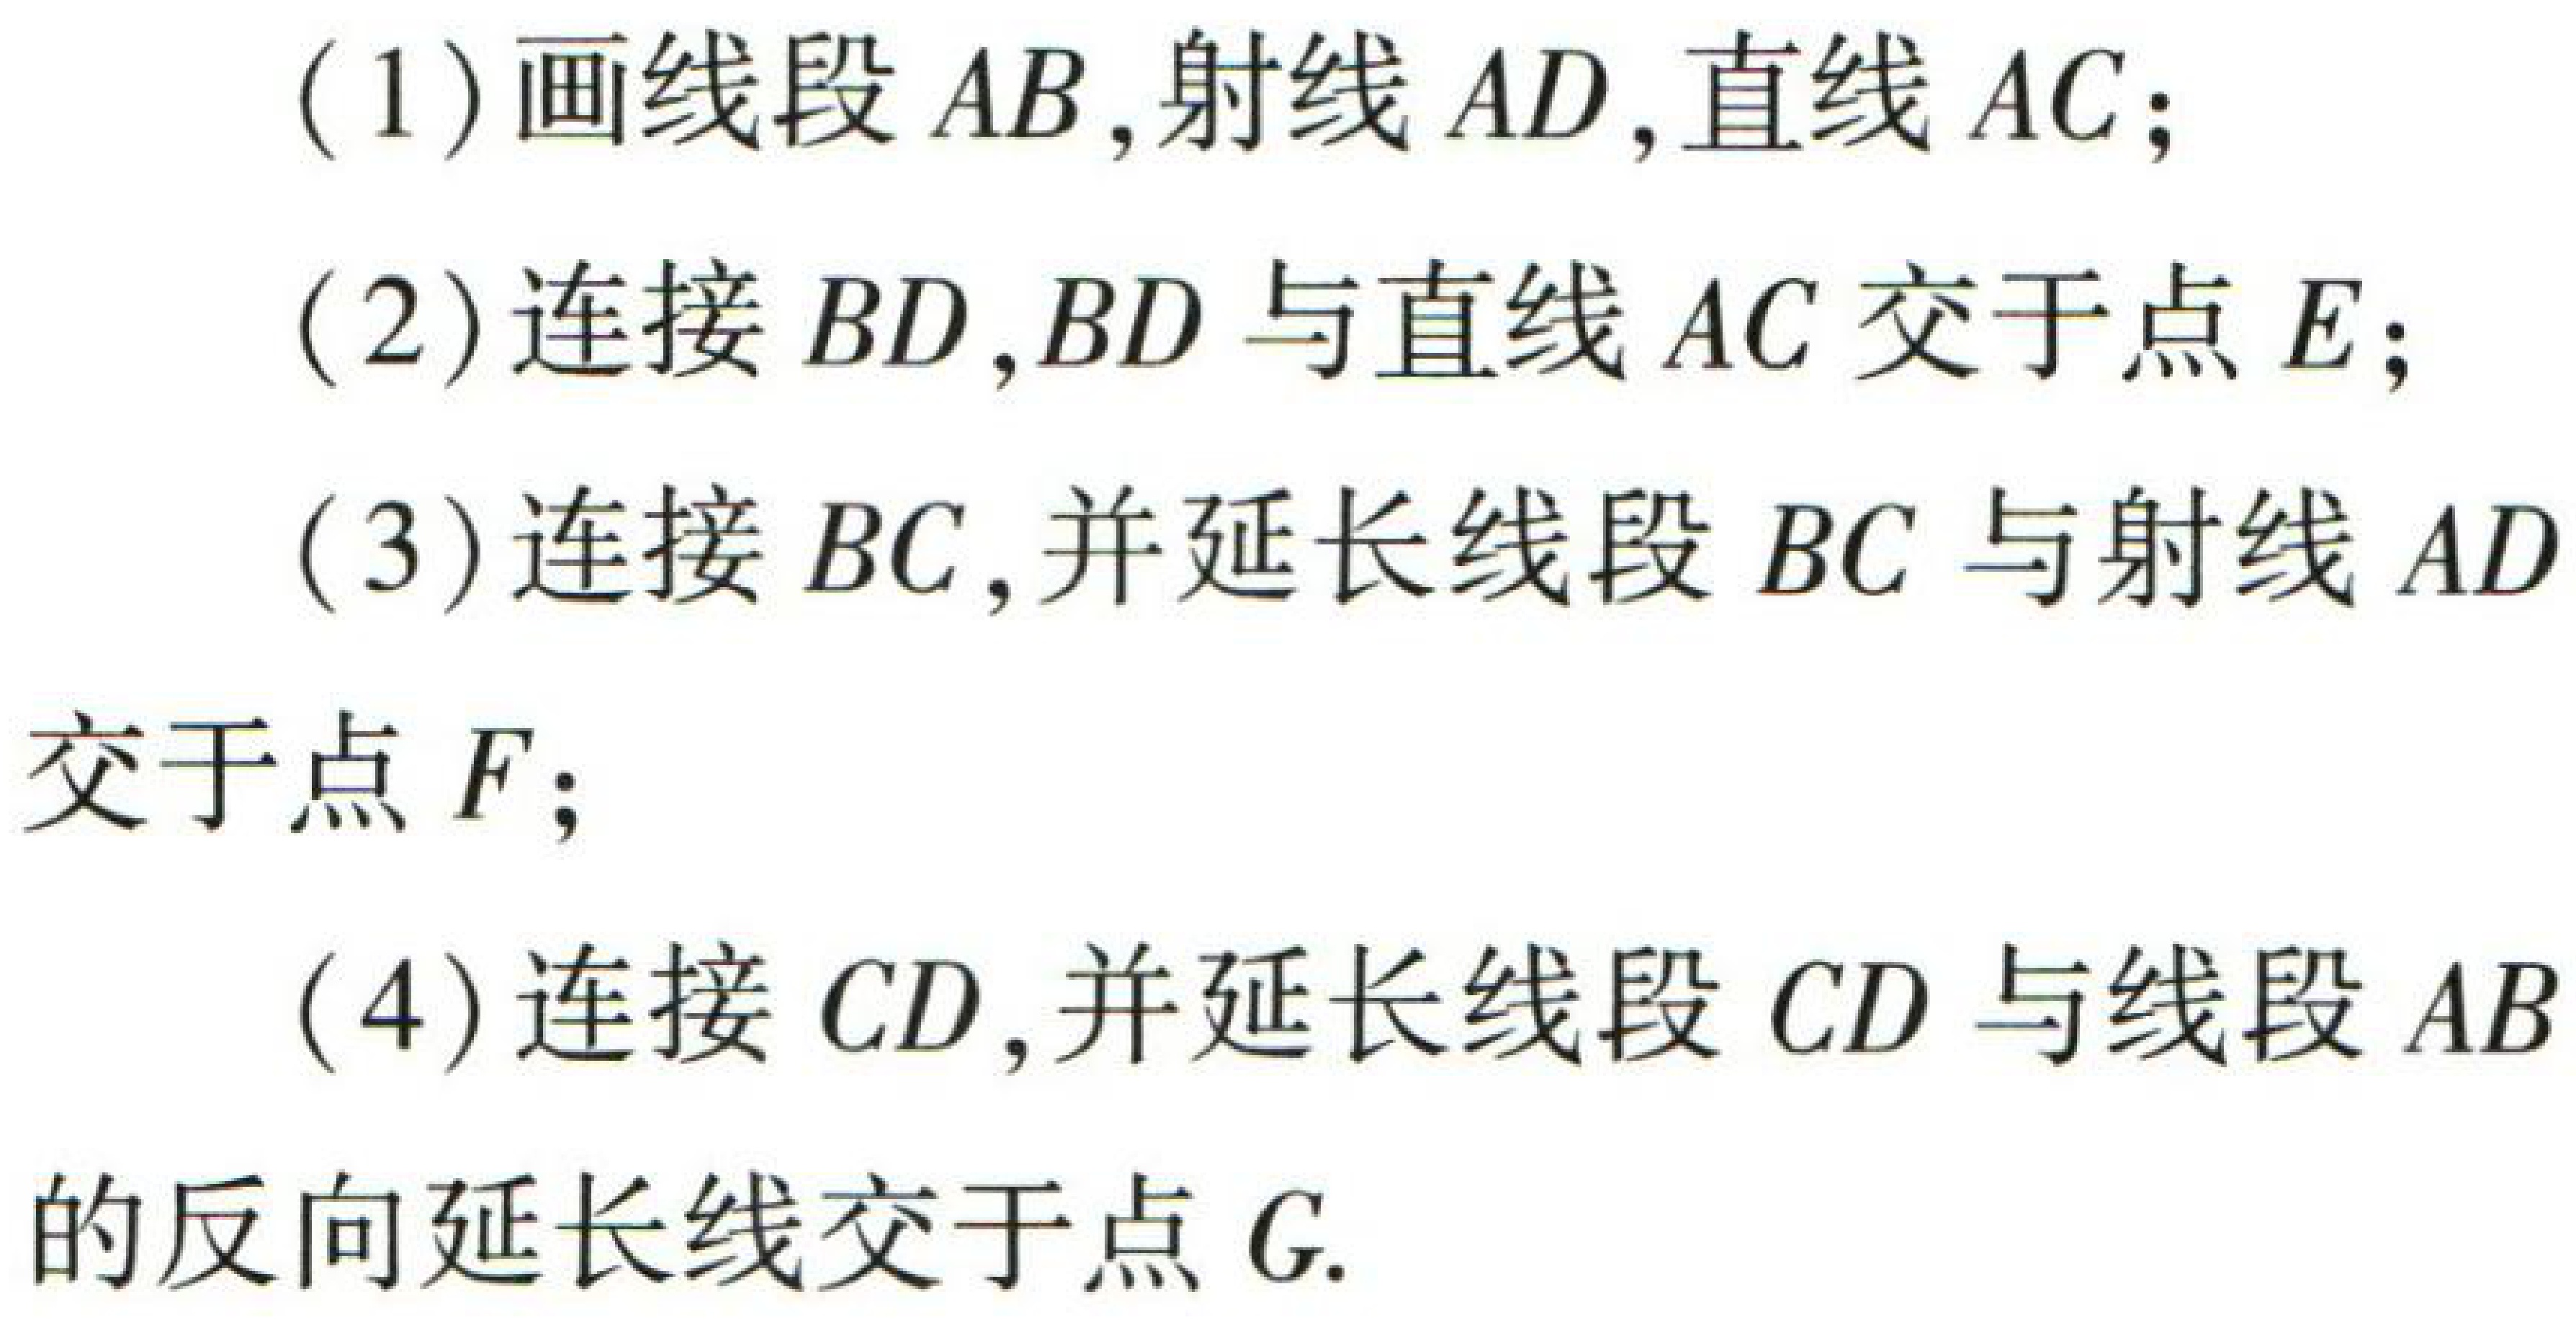
(1) 画线段 \(AB\)，射线 \(AD\)，直线 \(AC\)；

(2) 连接 \(BD\)，\(BD\) 与直线 \(AC\) 交于点 \(E\)；

(3) 连接 \(BC\)，并延长线段 \(BC\) 与射线 \(AD\) 交于点 \(F\)；

(4) 连接 \(CD\)，并延长线段 \(CD\) 与线段 \(AB\) 的反向延长线交于点 \(G\).